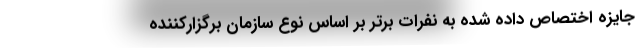
جایزه اختصاص داده شده به نفرات برتر بر اساس نوع سازمان برگزارکننده